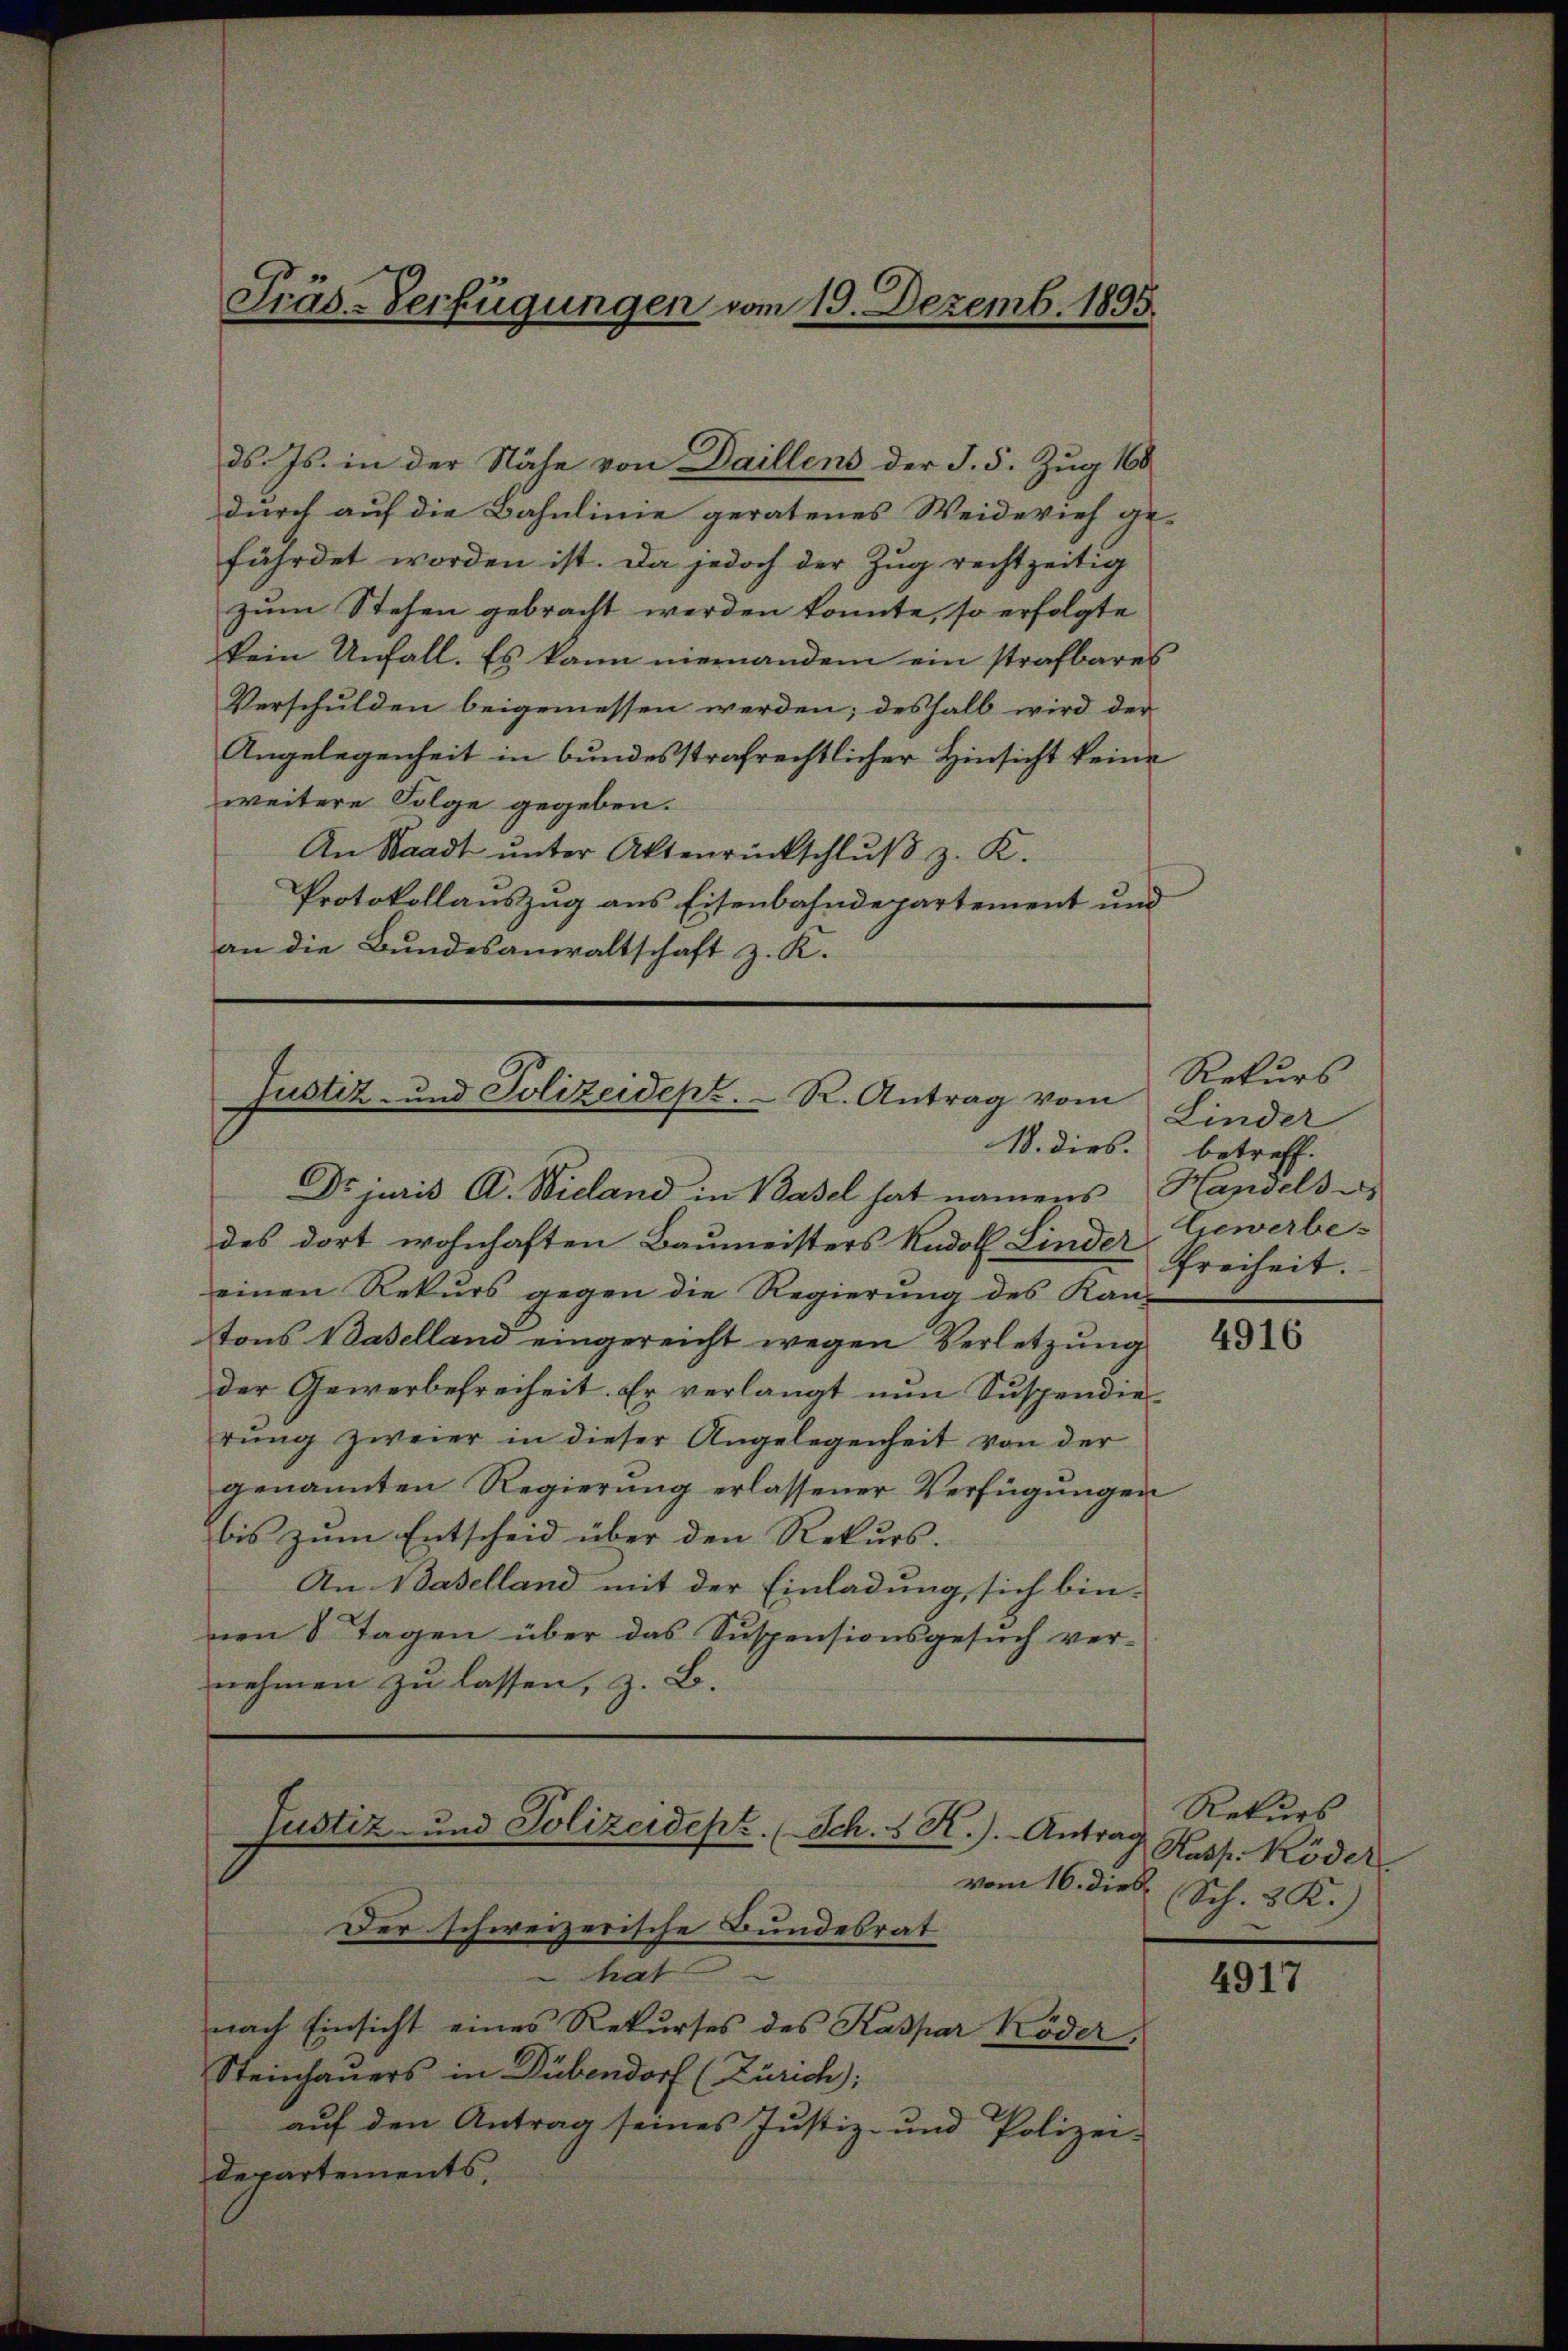
ds. Js. in der Nähe von Daillens der §. 5. Zug 160
durch auf die Bahnlinie geratenes Weidevieh ge-
fährdet worden ist. Da jedoch der Zug rechtzeitig
zum Stehen gebracht werden konnte, so erfolgte
kein Unfall. Es kann niernandem ein strafbares
Verschulden beigemessen werden; deshalb wird der
Angelegenheit in bundesstrafrechtlicher Hinsicht keine
weitere Folge gegeben.
An Waadt ŭnter Aktenrückschlŭβ z. K.
Protokollauszug aus Eisenbahndepartement und
an die Bundesanwaltschaft z. K.

Präs-Verfügungen vom 19. Dezemb. 1895

Justiz- und Polizeidepz. R. Antrag vom
18. dies. betreff.

hat
nach Einsicht eines Rekurses des Kaspar Köder,
Steinhauers in Dübendorf (Zürich;
auf den Antrag seines Justiz- und Polizei-
departements,

Justiz- und Polizeidept. (Sch. S K.). Antrag
vom 16. dieß
Der schweizerische Bundesrat

Dr. juris A. Wieland in Basel hat namens Handels u
des dort wohnhaften Baumeisters Rudoll Linder Gewerbe-
einen Rekurs gegen die Regierung des Kan-
tons Baselland eingereicht wegen Verletzung
der Gewerbefreiheit. Er verlangt nun Suspendie-
rŭng zweier in dieser Angelegenheit von der
genannten Regierung erlassener Verfügungen
bis zum Entscheid über den Rekurs.
An Baselland mit der Einladung, sich bin-
nen 8 Tagen über das Suspensionsgesuch ver-
nehmen zu lassen, z. B.

Rekurs
Linder
Freiheit.

4916

Rekurs
Kasp. Köder
Sch. 3 K.)
e

4917